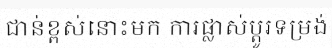
ជាន់ខ្ពស់នោះមក ការផ្លាស់ប្តូរទម្រង់